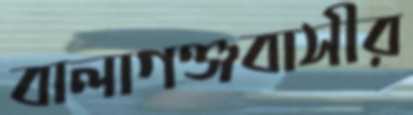
বালাগঞ্জবাসীর